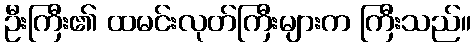
ဦးကြီး၏ ထမင်းလုတ်ကြီးများက ကြီးသည်။